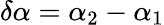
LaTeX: \delta\alpha=\alpha_{2}-\alpha_{1}